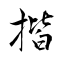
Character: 揩